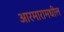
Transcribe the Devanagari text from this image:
आरमारामधील